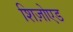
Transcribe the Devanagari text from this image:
शिज़ोएड